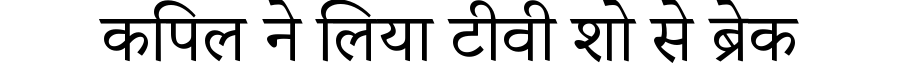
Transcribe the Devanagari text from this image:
कपिल ने लिया टीवी शो से ब्रेक